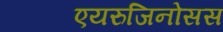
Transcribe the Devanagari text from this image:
एयरुजिनोसस